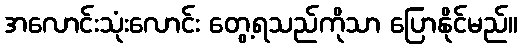
အလောင်းသုံးလောင်း တွေ့ရသည်ကိုသာ ပြောနိုင်မည်။